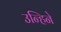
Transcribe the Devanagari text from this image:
उन्हिने